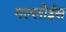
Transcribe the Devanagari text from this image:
गल्लोईस